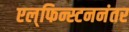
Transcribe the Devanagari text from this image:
एल्‌फिन्स्टननंतर